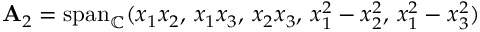
\mathbf { A } _ { 2 } = \mathrm { s p a n } _ { \mathbb { C } } ( x _ { 1 } x _ { 2 } , \, x _ { 1 } x _ { 3 } , \, x _ { 2 } x _ { 3 } , \, x _ { 1 } ^ { 2 } - x _ { 2 } ^ { 2 } , \, x _ { 1 } ^ { 2 } - x _ { 3 } ^ { 2 } )